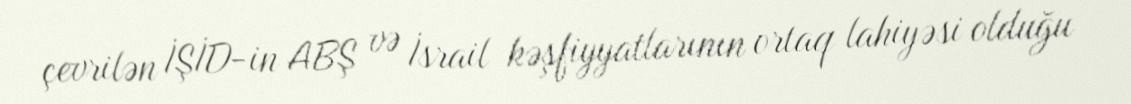
çevrilən İŞİD-in ABŞ və İsrail kəşfiyyatlarının ortaq lahiyəsi olduğu